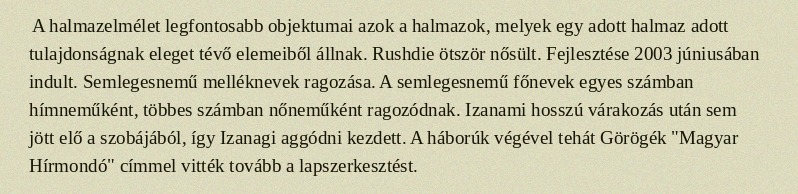
A halmazelmélet legfontosabb objektumai azok a halmazok, melyek egy adott halmaz adott tulajdonságnak eleget tévő elemeiből állnak. Rushdie ötször nősült. Fejlesztése 2003 júniusában indult. Semlegesnemű melléknevek ragozása. A semlegesnemű főnevek egyes számban hímneműként, többes számban nőneműként ragozódnak. Izanami hosszú várakozás után sem jött elő a szobájából, így Izanagi aggódni kezdett. A háborúk végével tehát Görögék "Magyar Hírmondó" címmel vitték tovább a lapszerkesztést.